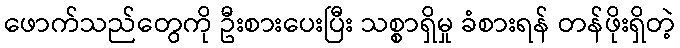
ဖောက်သည်တွေကို ဦးစားပေးပြီး သစ္စာရှိမှု ခံစားရန် တန်ဖိုးရှိတဲ့